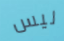
ليس